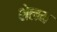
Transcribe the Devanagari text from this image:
शेलम